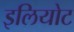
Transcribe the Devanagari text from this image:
इलियोट